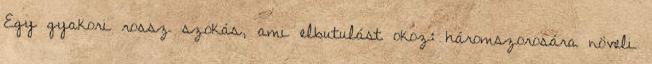
Egy gyakori rossz szokás, ami elbutulást okoz: háromszorosára növeli